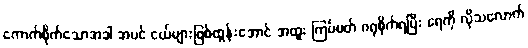
ကောက်စိုက်သောအခါ အပင် ငယ်များဖြစ်ထွန်းအောင် အထူး ကြပ်မတ် ဂရုစိုက်ရပြီး ရေကို လိုသလောက်